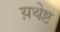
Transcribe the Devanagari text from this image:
य़थेष्ट